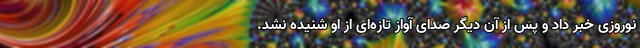
نوروزی خبر داد و پس از آن دیگر صدای آواز تازه‌ای از او شنیده نشد.